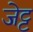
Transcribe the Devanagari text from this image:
जेट्ट